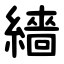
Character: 繬